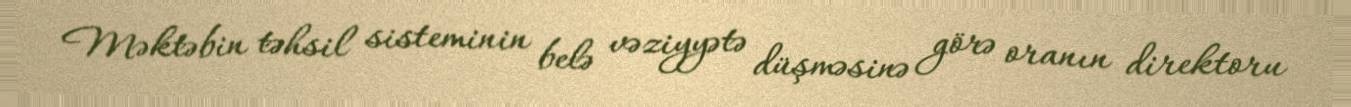
Məktəbin təhsil sisteminin belə vəziyyətə düşməsinə görə oranın direktoru